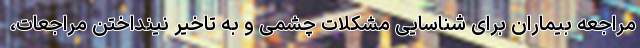
مراجعه بیماران برای شناسایی مشکلات چشمی و به تاخیر نینداختن مراجعات،